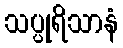
သပ္ပုရိသာနံ